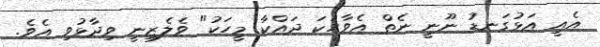
އެއީ އަޅުގަނޑު ނޫނީ ނެތް އެވާހަކަ ދައްކާ މީހަކު" ވެލެޒިނީ ވިދާޅުވި އެވެ.